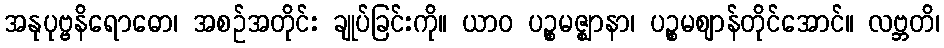
အနုပုဗ္ဗနိရောဓော၊ အစဉ်အတိုင်း ချုပ်ခြင်းကို။ ယာဝ ပဉ္စမဇ္ဈာနာ၊ ပဉ္စမဈာန်တိုင်အောင်။ လဗ္ဘတိ၊